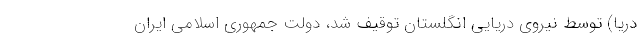
دریا) توسط نیروی دریایی انگلستان توقیف شد، دولت جمهوری اسلامی ایران